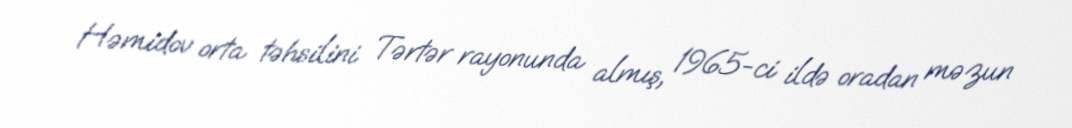
Həmidov orta təhsilini Tərtər rayonunda almış, 1965-ci ildə oradan məzun